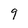
Character: 9